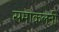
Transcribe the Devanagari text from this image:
समाकलनी